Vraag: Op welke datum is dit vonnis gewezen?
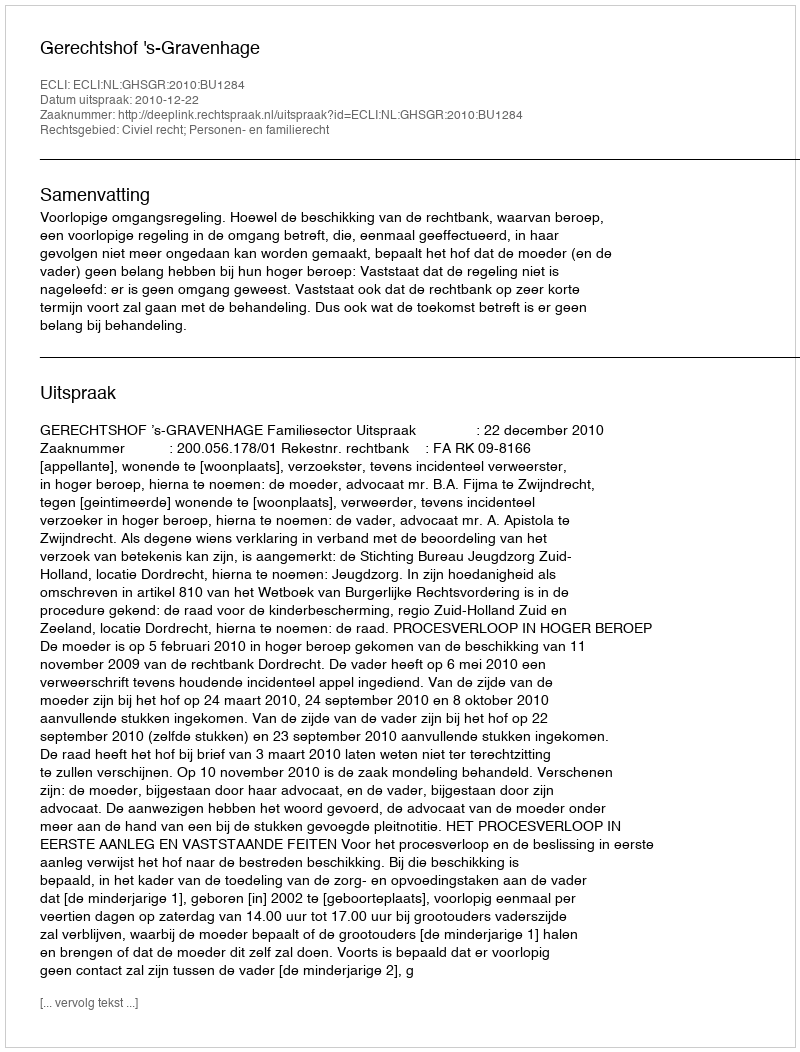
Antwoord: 2010-12-22